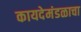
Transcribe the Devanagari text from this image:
कायदेमंडळाचा